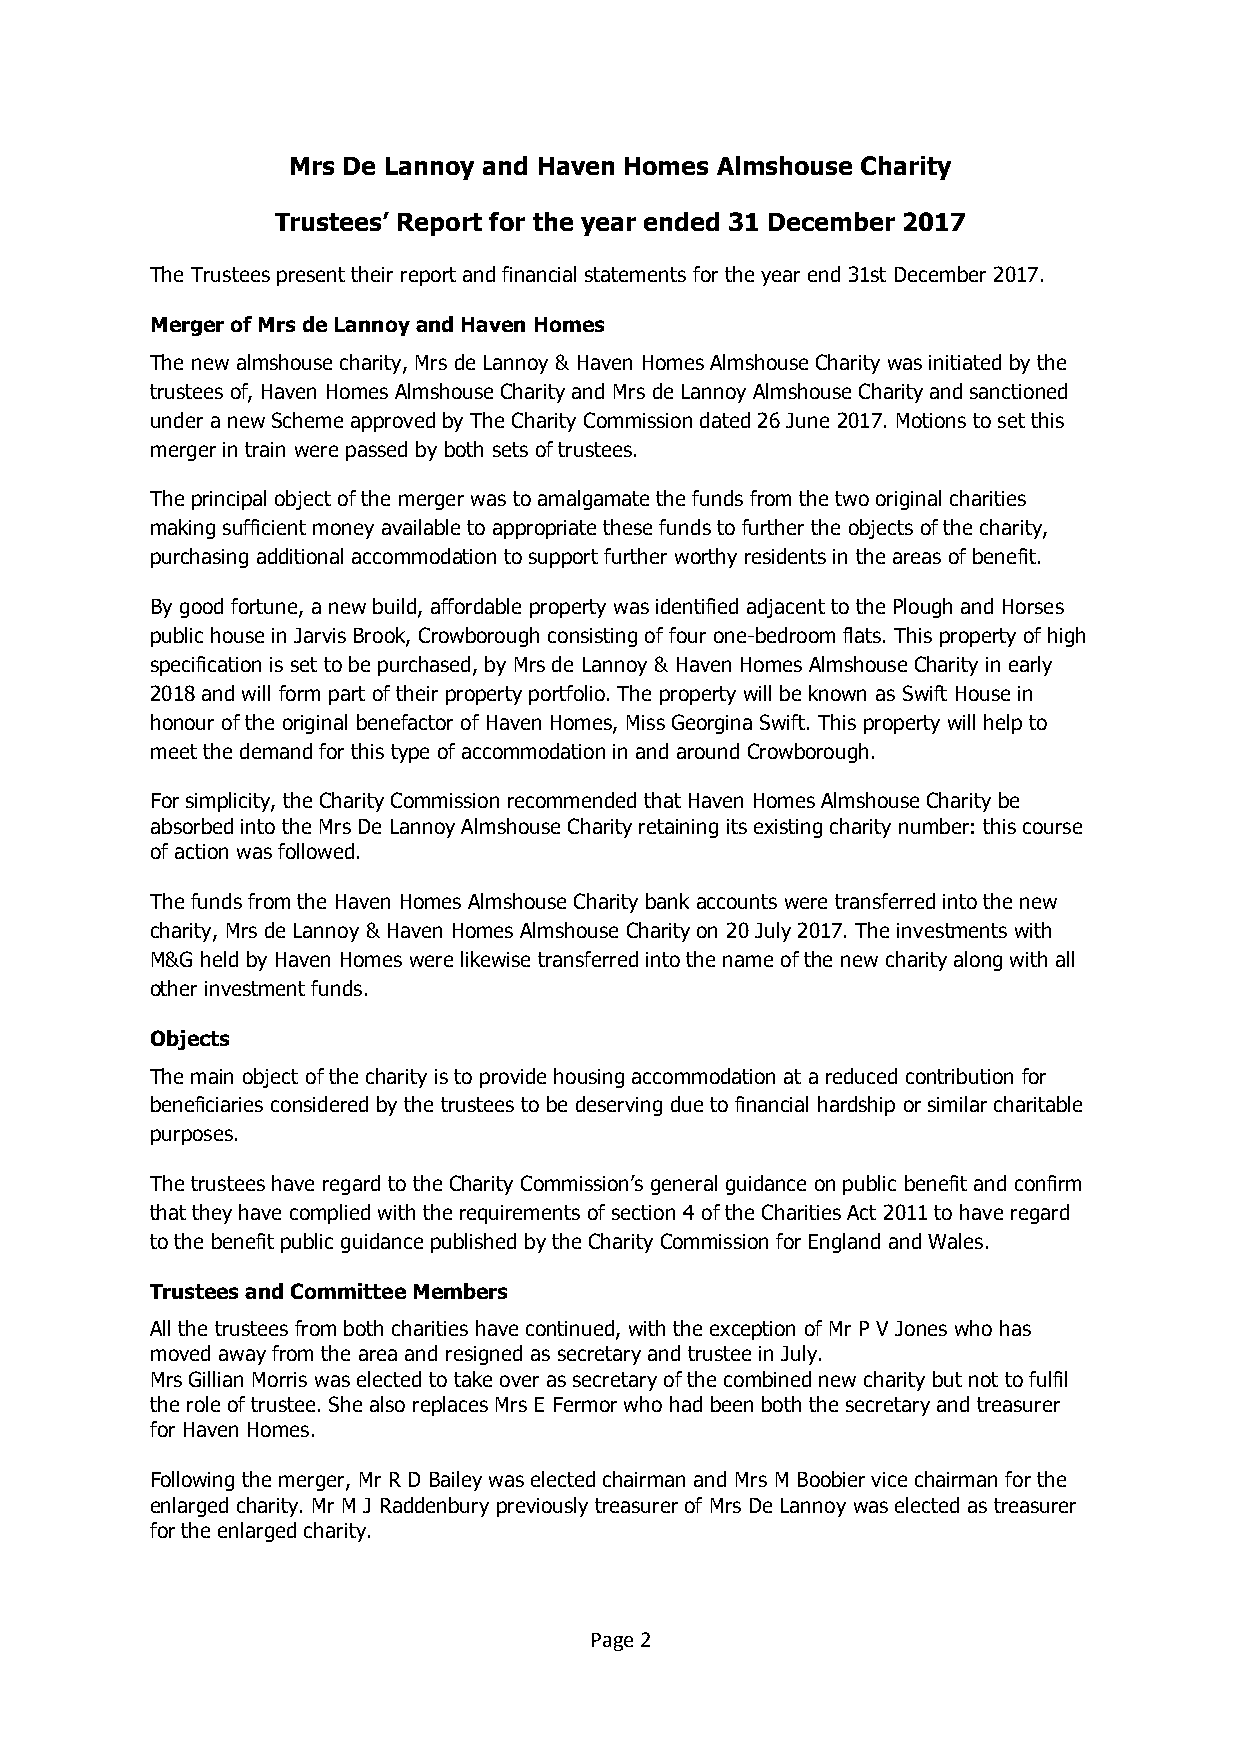
Mrs De Lannoy and Haven Homes Almshouse Charity
 Trustees’ Report for the year ended 31 December 2017
 The Trustees present their report and financial statements for the year end 31st December 2017.
 Merger of Mrs de Lannoy and Haven Homes
 The new almshouse charity, Mrs de Lannoy & Haven Homes Almshouse Charity was initiated by the
 trustees of, Haven Homes Almshouse Charity and Mrs de Lannoy Almshouse Charity and sanctioned
 under a new Scheme approved by The Charity Commission dated 26 June 2017. Motions to set this
 merger in train were passed by both sets of trustees.
 The principal object of the merger was to amalgamate the funds from the two original charities
 making sufficient money available to appropriate these funds to further the objects of the charity,
 purchasing additional accommodation to support further worthy residents in the areas of benefit.
 By good fortune, a new build, affordable property was identified adjacent to the Plough and Horses
 public house in Jarvis Brook, Crowborough consisting of four one-bedroom flats. This property of high
 specification is set to be purchased, by Mrs de Lannoy & Haven Homes Almshouse Charity in early
 2018 and will form part of their property portfolio. The property will be known as Swift House in
 honour of the original benefactor of Haven Homes, Miss Georgina Swift. This property will help to
 meet the demand for this type of accommodation in and around Crowborough.
 For simplicity, the Charity Commission recommended that Haven Homes Almshouse Charity be
 absorbed into the Mrs De Lannoy Almshouse Charity retaining its existing charity number: this course
 of action was followed.
 The funds from the Haven Homes Almshouse Charity bank accounts were transferred into the new
 charity, Mrs de Lannoy & Haven Homes Almshouse Charity on 20 July 2017. The investments with
 M&G held by Haven Homes were likewise transferred into the name of the new charity along with all
 other investment funds.
 Objects
 The main object of the charity is to provide housing accommodation at a reduced contribution for
 beneficiaries considered by the trustees to be deserving due to financial hardship or similar charitable
 purposes.
 The trustees have regard to the Charity Commission’s general guidance on public benefit and confirm
 that they have complied with the requirements of section 4 of the Charities Act 2011 to have regard
 to the benefit public guidance published by the Charity Commission for England and Wales.
 Trustees and Committee Members
 All the trustees from both charities have continued, with the exception of Mr P V Jones who has
 moved away from the area and resigned as secretary and trustee in July.
 Mrs Gillian Morris was elected to take over as secretary of the combined new charity but not to fulfil
 the role of trustee. She also replaces Mrs E Fermor who had been both the secretary and treasurer
 for Haven Homes.
 Following the merger, Mr R D Bailey was elected chairman and Mrs M Boobier vice chairman for the
 enlarged charity. Mr M J Raddenbury previously treasurer of Mrs De Lannoy was elected as treasurer
 for the enlarged charity.
 Page 2